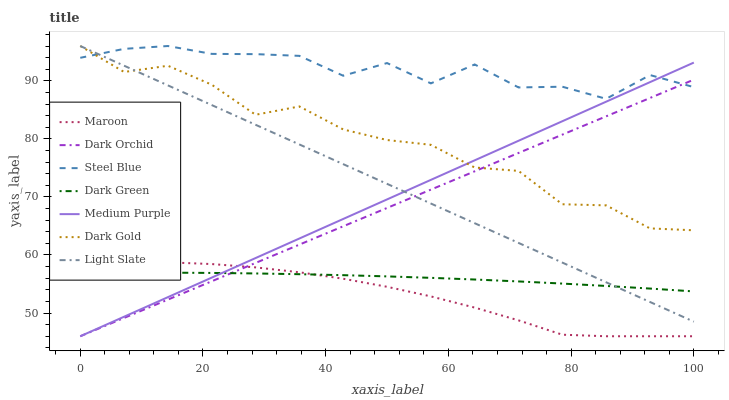
| xaxis_label | Maroon | Dark Orchid | Steel Blue | Dark Green | Medium Purple | Dark Gold | Light Slate |
 | --- | --- | --- | --- | --- | --- | --- | --- |
 | 0 | 58.5 | 46 | 94 | 56.9 | 46 | 96 | 96 |
 | 7.14 | 58.8 | 49.2 | 95.5 | 57 | 49.4 | 91.5 | 92.6 |
 | 14.3 | 58.7 | 52.3 | 96 | 57 | 52.7 | 92.6 | 89.2 |
 | 21.4 | 58.4 | 55.5 | 94.6 | 56.9 | 56.1 | 89.3 | 85.8 |
 | 28.6 | 57.9 | 58.6 | 94.6 | 56.8 | 59.5 | 84.2 | 82.4 |
 | 35.7 | 57 | 61.8 | 94.3 | 56.7 | 62.8 | 85.6 | 79 |
 | 42.9 | 55.9 | 64.9 | 90.9 | 56.5 | 66.2 | 81.6 | 75.6 |
 | 50 | 54.5 | 68.1 | 93.1 | 56.3 | 69.6 | 79.8 | 72.3 |
 | 57.1 | 52.9 | 71.3 | 89.6 | 56.1 | 72.9 | 79 | 68.9 |
 | 64.3 | 50.9 | 74.4 | 92.8 | 55.8 | 76.3 | 75.1 | 65.5 |
 | 71.4 | 48.7 | 77.6 | 88.9 | 55.4 | 79.7 | 74.5 | 62.1 |
 | 78.6 | 46.3 | 80.7 | 89 | 55.1 | 83 | 68.7 | 58.7 |
 | 85.7 | 46 | 83.9 | 86.9 | 54.7 | 86.4 | 68.5 | 55.3 |
 | 92.9 | 46 | 87 | 91 | 54.2 | 89.8 | 64.6 | 51.9 |
 | 100 | 46 | 90.2 | 88.9 | 53.7 | 93.1 | 64.3 | 48.5 |